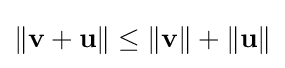
\|\mathbf {v} +\mathbf {u} \|\leq \|\mathbf {v} \|+\|\mathbf {u} \|